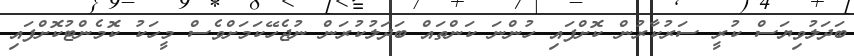
ބަދަލުވިޔަސް ކުރީ ސަރުކާރުން ކޮށްފައި ހުންނަ ކަންތައް ބަދަލުކުރަން ނުޖެހޭކަމަށްވެސް މީހަކު ކޮމެންޓުކޮށްފައި